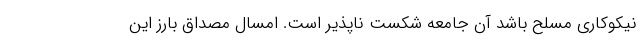
نیکوکاری مسلح باشد آن جامعه شکست ناپذیر است. امسال مصداق بارز این